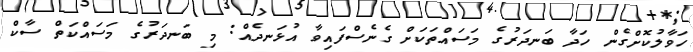
ހަވާލުކޮށްގެން ހަދާ ބަނދަރުގެ މަސައްތަކަށް ގެނެސްފައިވާ އުޅަނދެއް: މި ބަނދަރުގެ މަސައްކަތް ސާކް